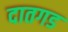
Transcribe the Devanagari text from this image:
दातगड